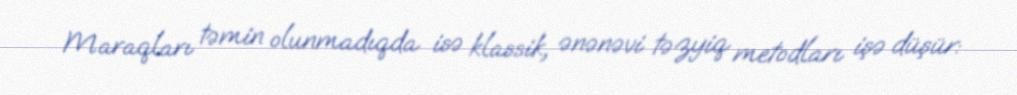
Maraqları təmin olunmadıqda isə klassik, ənənəvi təzyiq metodları işə düşür: